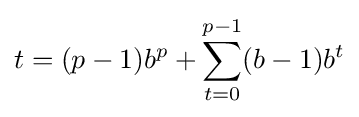
t=(p-1)b^{p}+\sum _{t=0}^{p-1}(b-1)b^{t}